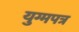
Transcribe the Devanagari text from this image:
युग्मपत्र